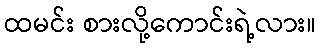
ထမင်း စားလို့ကောင်းရဲ့လား။